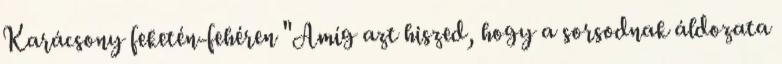
Karácsony feketén-fehéren "Amíg azt hiszed, hogy a sorsodnak áldozata